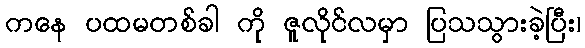
ကနေ ပထမတစ်ခါ ကို ဇူလိုင်လမှာ ပြသသွားခဲ့ပြီး၊